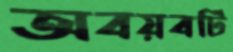
অবয়বটি